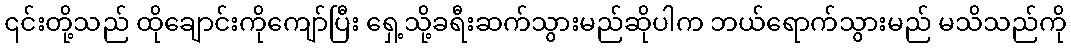
၎င်းတို့သည် ထိုချောင်းကိုကျော်ပြီး ရှေ့သို့ခရီးဆက်သွားမည်ဆိုပါက ဘယ်ရောက်သွားမည် မသိသည်ကို